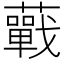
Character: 𧂁